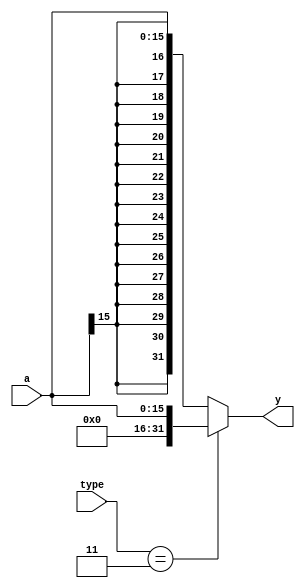
`timescale 1ns / 1ps
//////////////////////////////////////////////////////////////////////////////////
// Company: 
// Engineer: 
// 
// Design Name: 
// Module Name: signext
// Project Name: 
// Target Devices: 
// Tool Versions: 
// Description: 
// 
// Dependencies: 
// 
// Revision:
// Revision 0.01 - File Created
// Additional Comments:
// 
//////////////////////////////////////////////////////////////////////////////////


module signext (input [15:0] a,
                input [1:0] type,
                output [31:0] y);
    //                               zero extend or signed extend
    assign y = (type == 2'b11) ? {{16{1'b0}}, a} : {{16{a[15]}}, a};
endmodule